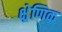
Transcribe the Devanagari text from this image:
क्ष्रेणिक